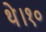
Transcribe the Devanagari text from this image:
थे।१०